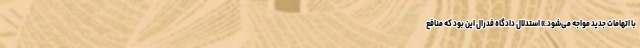
با اتهامات جدید مواجه می‌شود.» استدلال دادگاه فدرال این بود که منافع